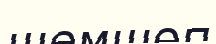
шемшөп